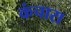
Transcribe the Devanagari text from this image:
कंचारा